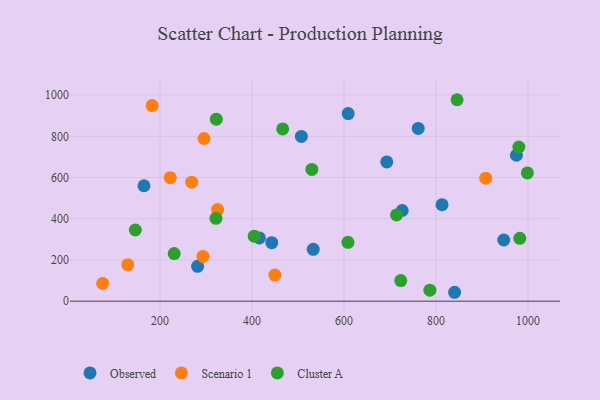
{"axis": {"x": "Study Hours", "y": "Profit"}, "legend": ["Cluster A", "Observed", "Scenario 1"], "data": [{"x": "726.5", "y": 440.1, "type": "Observed"}, {"x": "415.9", "y": 306.7, "type": "Observed"}, {"x": "761.3", "y": 838.2, "type": "Observed"}, {"x": "442.8", "y": 284.1, "type": "Observed"}, {"x": "947.3", "y": 296.8, "type": "Observed"}, {"x": "165.0", "y": 560.1, "type": "Observed"}, {"x": "609.0", "y": 910.5, "type": "Observed"}, {"x": "840.4", "y": 43.2, "type": "Observed"}, {"x": "974.8", "y": 708.1, "type": "Observed"}, {"x": "281.6", "y": 169.0, "type": "Observed"}, {"x": "507.2", "y": 799.4, "type": "Observed"}, {"x": "813.1", "y": 468.4, "type": "Observed"}, {"x": "692.9", "y": 675.6, "type": "Observed"}, {"x": "533.0", "y": 251.7, "type": "Observed"}, {"x": "295.6", "y": 789.3, "type": "Scenario 1"}, {"x": "182.8", "y": 949.1, "type": "Scenario 1"}, {"x": "268.8", "y": 577.5, "type": "Scenario 1"}, {"x": "325.1", "y": 444.7, "type": "Scenario 1"}, {"x": "75.1", "y": 86.2, "type": "Scenario 1"}, {"x": "293.2", "y": 217.0, "type": "Scenario 1"}, {"x": "222.1", "y": 599.1, "type": "Scenario 1"}, {"x": "449.5", "y": 126.8, "type": "Scenario 1"}, {"x": "908.0", "y": 596.7, "type": "Scenario 1"}, {"x": "129.7", "y": 177.2, "type": "Scenario 1"}, {"x": "982.1", "y": 305.1, "type": "Cluster A"}, {"x": "845.7", "y": 977.5, "type": "Cluster A"}, {"x": "998.6", "y": 622.4, "type": "Cluster A"}, {"x": "321.5", "y": 402.0, "type": "Cluster A"}, {"x": "146.2", "y": 345.3, "type": "Cluster A"}, {"x": "230.7", "y": 230.9, "type": "Cluster A"}, {"x": "786.6", "y": 53.6, "type": "Cluster A"}, {"x": "608.5", "y": 285.5, "type": "Cluster A"}, {"x": "322.3", "y": 883.1, "type": "Cluster A"}, {"x": "530.0", "y": 639.3, "type": "Cluster A"}, {"x": "714.1", "y": 418.3, "type": "Cluster A"}, {"x": "980.1", "y": 748.1, "type": "Cluster A"}, {"x": "723.3", "y": 100.2, "type": "Cluster A"}, {"x": "404.7", "y": 315.5, "type": "Cluster A"}, {"x": "466.6", "y": 836.0, "type": "Cluster A"}]}